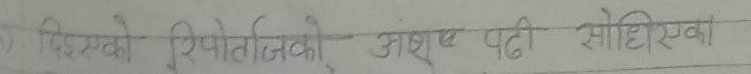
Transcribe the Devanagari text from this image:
निरसको रिपोर्टनिको अंशा पदी सोहीखए।